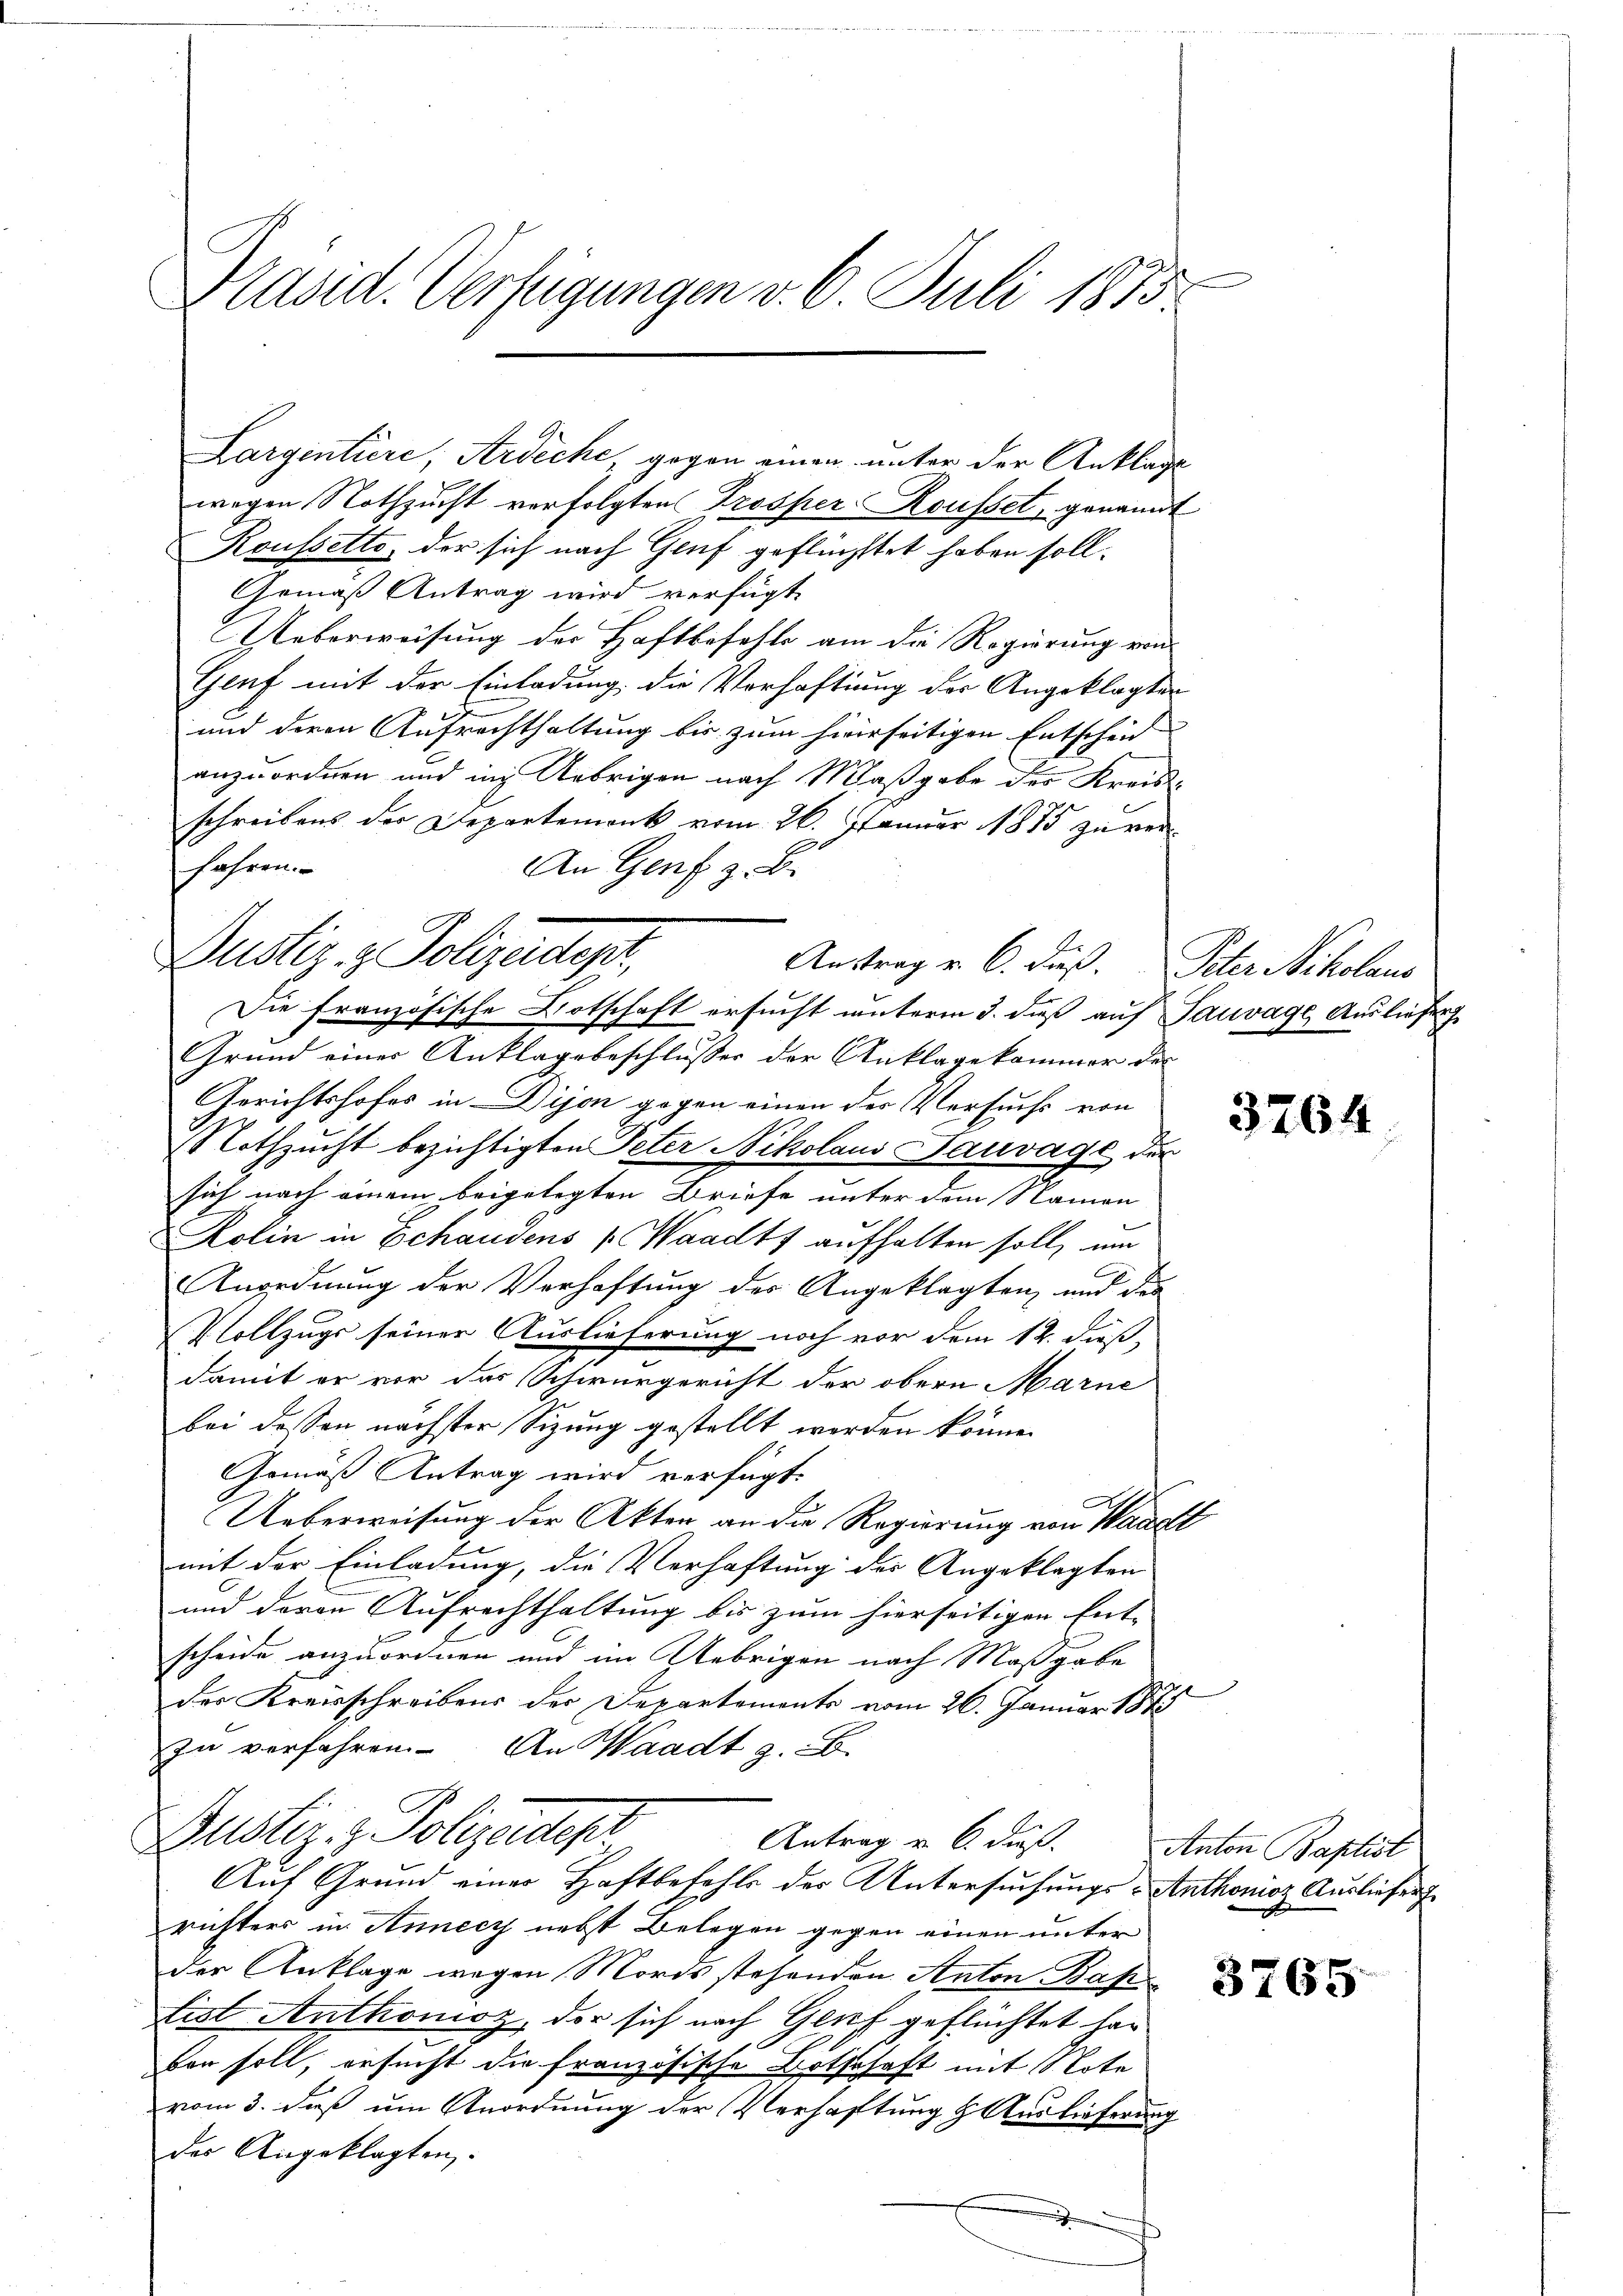
Stand. Verfügungen v. 6. Juli 1875.

Justiz & Polizeidiger,

Largintiere, Ardeche, gegen einen unter der Anklage
wegen Nothzucht verfolgten Trosper Rousset, genannt
Koussette, der sich nach Genf geflüchtet haben soll.
Gemäß Antrag wird verfügt
Ueberweisung der Haftbefehle am die Regierung von
Genf mit der Einladung die Verhaftung der Angeklagten
und deren Aufrechthaltung bis zum hierseitigen Entschein
anzuordnen und in Uebrigen nach Maßgabe des Kreisschreibens der Departemont vom 26. Januar 1875 zu verfahren.
An Genf z. B.
Austrag v. 6. dieß. Peter Scholaus
Die französische Botschaft ersucht unterm 3. dieß auf Sauvage Ausliefer
Grund einer Anklagsbeschlusses der Anklage kommer des
Gerichtshofes in Dijon gegen einen des Versuchs von
Nothzucht bezichtigten Peter Nikolaus Sauvage der
sich nach einem beigelegten Briefe unter dem Namen
Kolin in Schaudens Waadt aufhalten soll, um
Anordnung der Verhaftung der Angeklagten, und der
Vollzugs seiner Auslieferung noch vor dem 14. dieß,
damit er vor des Schwurgericht der obern Marne
bei dessen nächster Sitzung gestellt worden könne.
Gemäß Antrag wird verfügt:
Ueberweisung der Akten an die Regierung von Waadt
mit der Einladung, die Verhaftung des Angeklagten
und deren Aufrechthaltung bis zum hierseitigen Ent-
scheide anzuordnen und im Uebrigen nach Maßgabe
der Kreisschreibens der Departements vom 26. Januar 1875
zu verfahren. An Waadt z. B.
Dustiz- & Polizeidest
Antrag u. 6. dieß.
Auf Grund einer Haftbefehls des Untersuchungs-Anthonioz Ausliefen
richters in Annecy nebst Belegen gegen einen unter
der Anklage wegen Mordsstehenden Anton Bah
tist Anthonisz, der sich nach Genf geflüchtet han
ben soll, ersucht die französische Botschaft mit Note
vom 3. daß um Anordnung der Verhaftung & Auslieferung
der Angeklagten.
.

e

3764

Anton Baptist